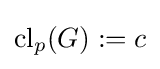
\mathrm {cl} _{p}(G):=c